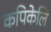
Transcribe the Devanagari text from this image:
कपिकेलि